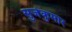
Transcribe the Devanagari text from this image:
सुर्जकुमार